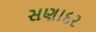
સણાદર